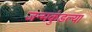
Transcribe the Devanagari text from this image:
जन्मकुंडल्या